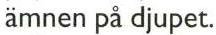
ämnen på djupet.